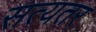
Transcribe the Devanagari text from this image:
सत्यतर